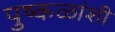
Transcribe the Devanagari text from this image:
पुष्कळांशी